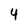
Character: 4